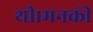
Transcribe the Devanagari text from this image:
थी।मनकी